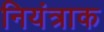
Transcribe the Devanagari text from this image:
नियंत्राक